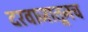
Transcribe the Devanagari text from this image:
दरवाजातूनच